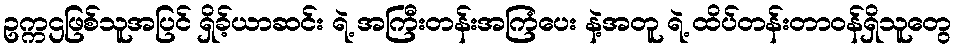
ဥက္ကဌဖြစ်သူအပြင် ရှိခ့်ယာဆင်း ရဲ့ အကြီးတန်းအကြံပေး နဲ့အတူ ရဲ့ ထိပ်တန်းတာဝန်ရှိသူတွေ